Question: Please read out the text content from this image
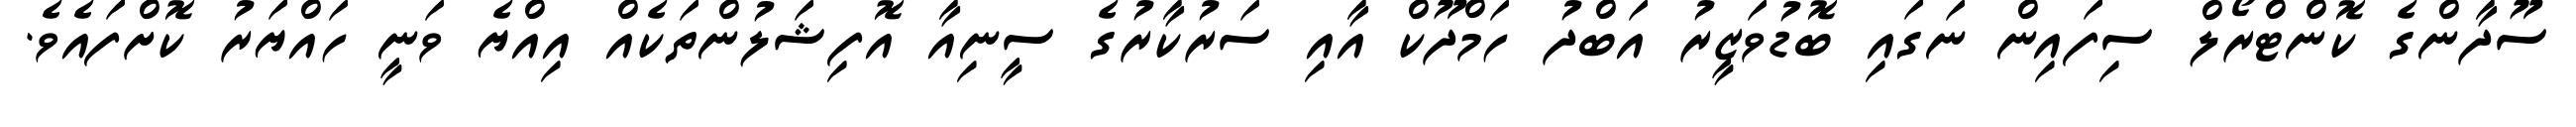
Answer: ސޫދާންގެ ކޮންޓްރޯލް ސިފައިން ނަގައި ބޮޑުވަޒީރު އަބްދު ހަމްދޫކް އާއި ސަރުކާރުގެ ސީނިއާ އޮފިޝަލުންތަކެއް އިއްޔެ ވަނީ ހައްޔަރު ކޮށްފައެވެ.